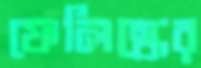
ফেলিস্কের